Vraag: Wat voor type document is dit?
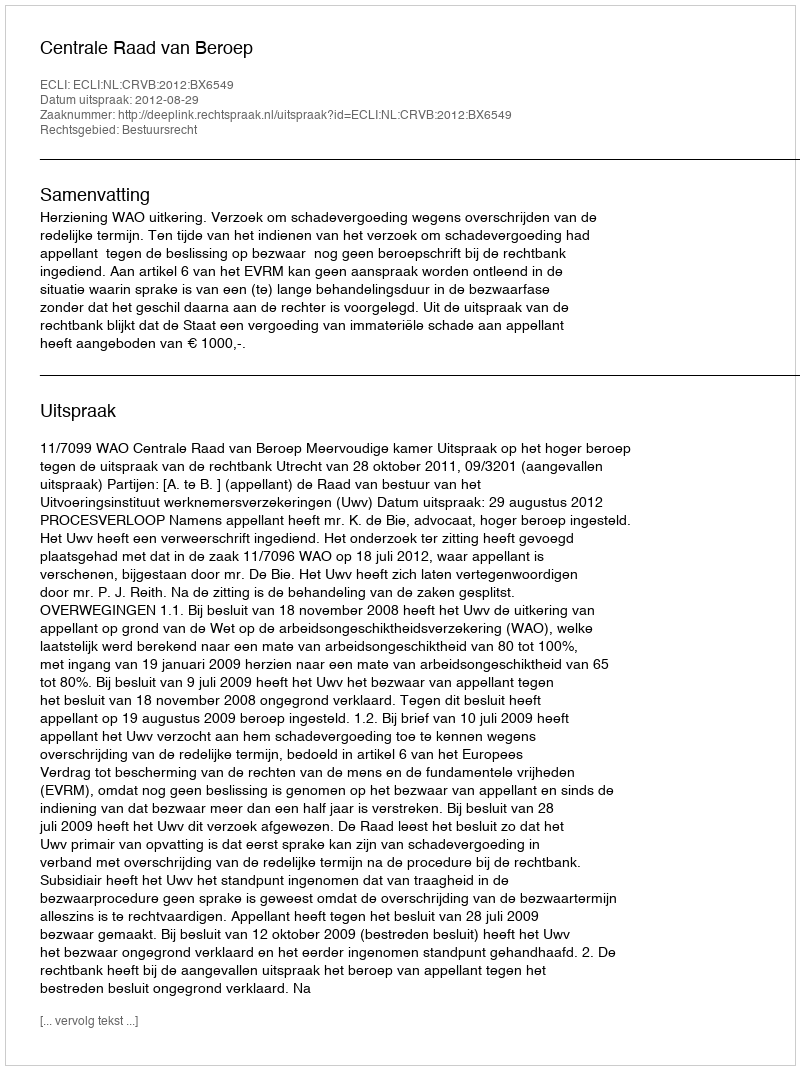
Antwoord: Uitspraak